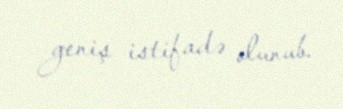
geniş istifadə olunub.